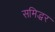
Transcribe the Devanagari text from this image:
समिद्धर